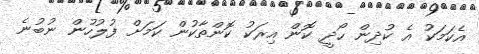
އެކަމަކު އެ ކުދިން ހޯދީ ކޮން އިރަކު ކޮންތާކުން ކަމަށް ފުލުހުން ނުބުނެ